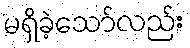
မရှိခဲ့သော်လည်း